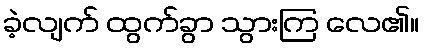
ခဲ့လျက် ထွက်ခွာ သွားကြ လေ၏။